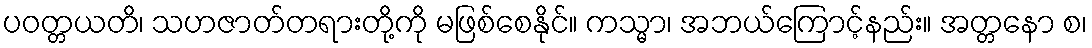
ပဝတ္တယတိ၊ သဟဇာတ်တရားတို့ကို မဖြစ်စေနိုင်။ ကသ္မာ၊ အဘယ်ကြောင့်နည်း။ အတ္တနော စ၊